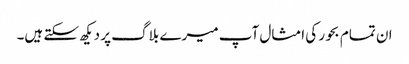
ان تمام بحور کی امثال آپ میرے بلاگ پر دیکھ سکتے ہیں۔